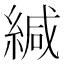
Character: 緘